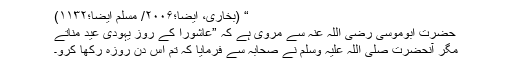
“ (بخاری، ایضاً؛۲۰۰۶/ مسلم ایضاً؛۱۱۳۲)
حضرت ابوموسیٰ رضی اللہ عنہ سے مروی ہے کہ ”عاشورا کے روز یہودی عید مناتے
مگر آنحضرت صلی اللہ علیہ وسلم نے صحابہ سے فرمایا کہ تم اس دن روزہ رکھا کرو۔